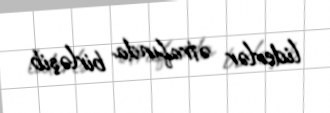
liderlər ətrafında birləşib.